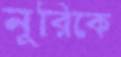
নূরিকে